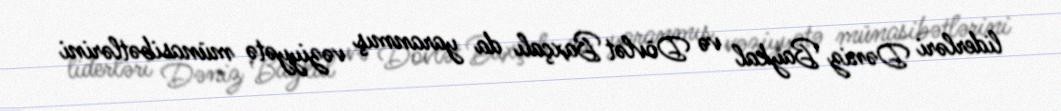
liderləri Dəniz Baykal və Dövlət Baxçalı da yaranmış vəziyyətə münasibətlərini